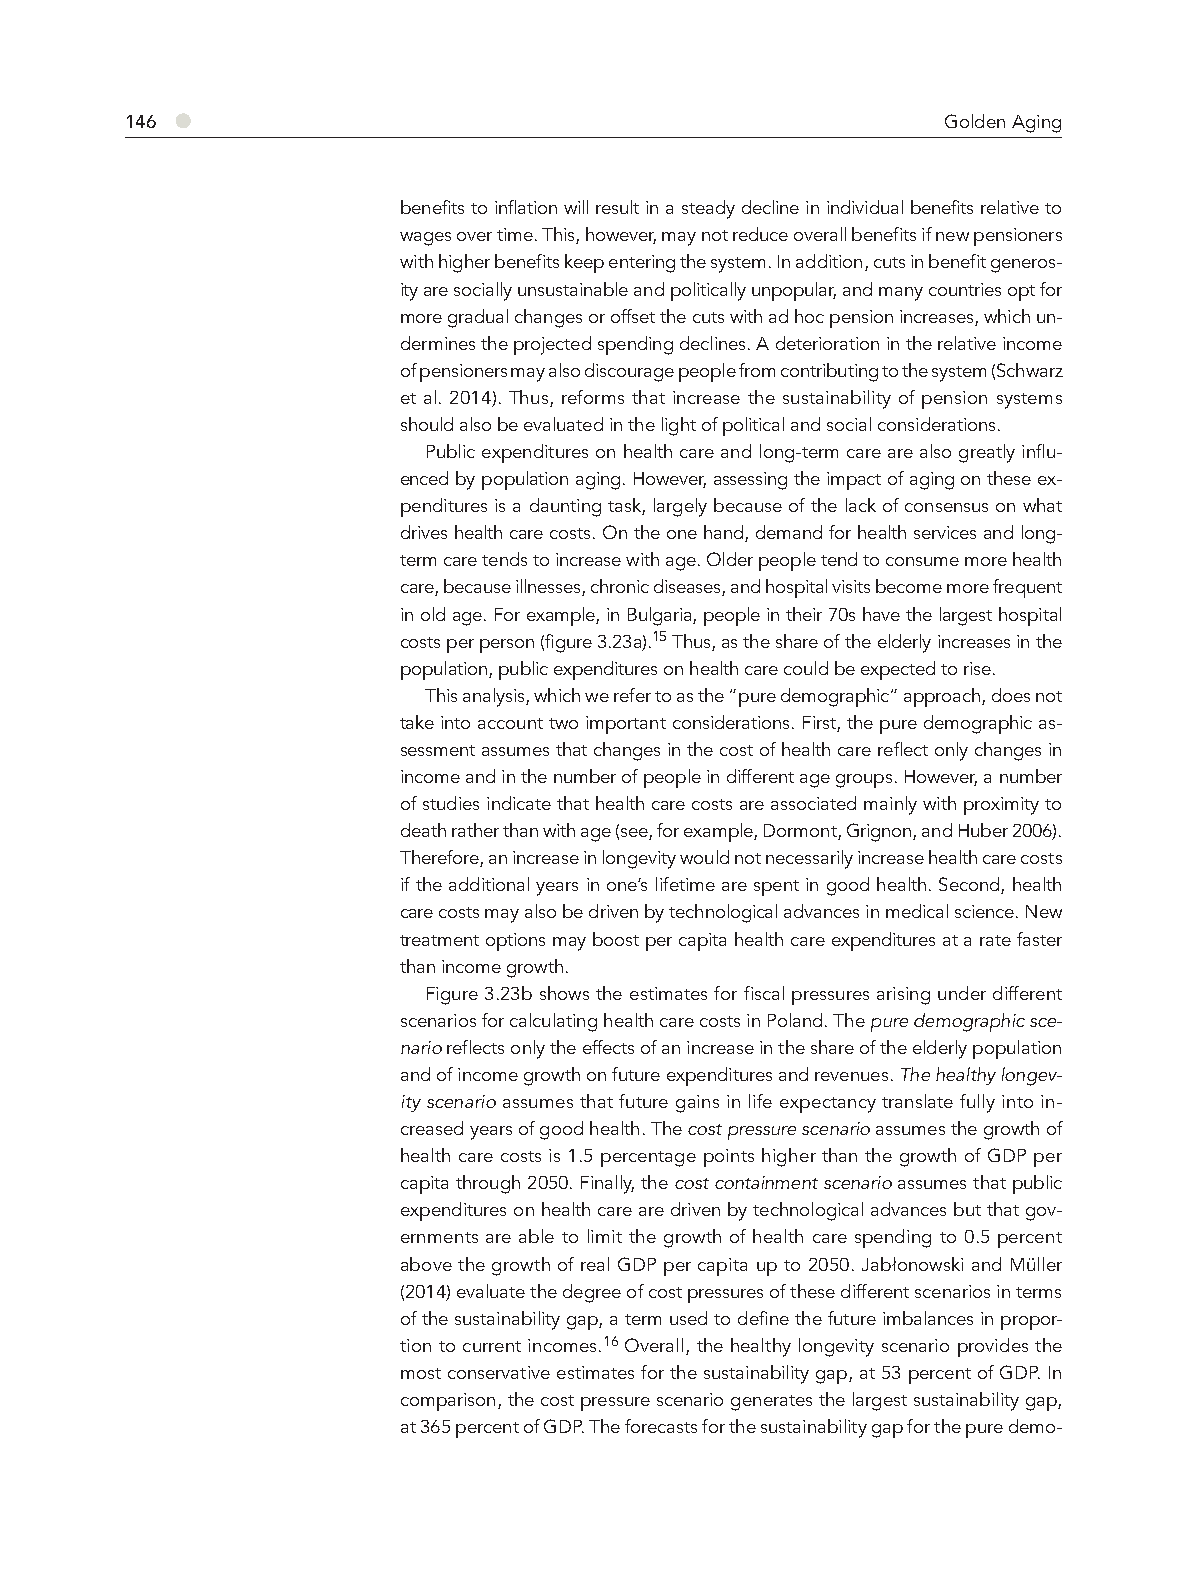
●
 146                                                    Golden Aging
 benefits to inflation will result in a steady decline in individual benefits relative to
 wages over time. This, however, may not reduce overall benefits if new pensioners
 with higher benefits keep entering the system. In addition, cuts in benefit generos-
 ity are socially unsustainable and politically unpopular, and many countries opt for
 more gradual changes or offset the cuts with ad hoc pension increases, which un-
 dermines the projected spending declines. A deterioration in the relative income
 of pensioners may also discourage people from contributing to the system (Schwarz
 et al. 2014). Thus, reforms that increase the sustainability of pension systems
 should also be evaluated in the light of political and social considerations.
 Public expenditures on health care and long-term care are also greatly influ-
 enced by population aging. However, assessing the impact of aging on these ex-
 penditures is a daunting task, largely because of the lack of consensus on what
 drives health care costs. On the one hand, demand for health services and long-
 term care tends to increase with age. Older people tend to consume more health
 care, because illnesses, chronic diseases, and hospital visits become more frequent
 in old age. For example, in Bulgaria, people in their 70s have the largest hospital
 costs per person (figure 3.23a).15 Thus, as the share of the elderly increases in the
 population, public expenditures on health care could be expected to rise.
 This analysis, which we refer to as the “pure demographic” approach, does not
 take into account two important considerations. First, the pure demographic as-
 sessment assumes that changes in the cost of health care reflect only changes in
 income and in the number of people in different age groups. However, a number
 of studies indicate that health care costs are associated mainly with proximity to
 death rather than with age (see, for example, Dormont, Grignon, and Huber 2006).
 Therefore, an increase in longevity would not necessarily increase health care costs
 if the additional years in one’s lifetime are spent in good health. Second, health
 care costs may also be driven by technological advances in medical science. New
 treatment options may boost per capita health care expenditures at a rate faster
 than income growth.
 Figure 3.23b shows the estimates for fiscal pressures arising under different
 scenarios for calculating health care costs in Poland. The pure demographic sce-
 nario reflects only the effects of an increase in the share of the elderly population
 and of income growth on future expenditures and revenues. The healthy longev-
 ity scenario assumes that future gains in life expectancy translate fully into in-
 creased years of good health. The cost pressure scenario assumes the growth of
 health care costs is 1.5 percentage points higher than the growth of GDP per
 capita through 2050. Finally, the cost containment scenario assumes that public
 expenditures on health care are driven by technological advances but that gov-
 ernments are able to limit the growth of health care spending to 0.5 percent
 above the growth of real GDP per capita up to 2050. Jabłonowski and Müller
 (2014) evaluate the degree of cost pressures of these different scenarios in terms
 of the sustainability gap, a term used to define the future imbalances in propor-
 tion to current incomes.16 Overall, the healthy longevity scenario provides the
 most conservative estimates for the sustainability gap, at 53 percent of GDP. In
 comparison, the cost pressure scenario generates the largest sustainability gap,
 at 365 percent of GDP. The forecasts for the sustainability gap for the pure demo-